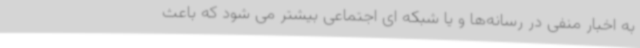
به اخبار منفی در رسانه‌ها و یا شبکه ‌ای اجتماعی بیشتر می شود که باعث